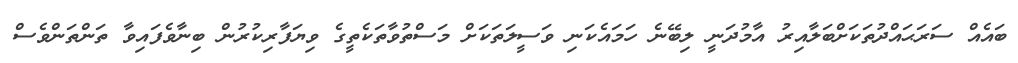
ބައެއް ސަރަޙައްދުތަކަށްބަލާއިރު އާމުދަނީ ލިބޭނެ ހަމައެކަނި ވަސީލަތަކަށް މަސްތުވާތަކެތީގެ ވިޔަފާރިކުރުން ބިނާވެފައިވާ ތަންތަންވެސް